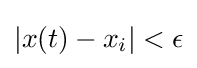
|x(t)-x_{i}|<\epsilon